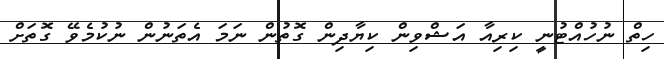
ހިތް ނުހުއްޓުނީ ކިރިއާ އަޝްވިން ކިޔާދިން ގޮތުން ނަމަ އެތަނުން ނުކުމެވޭ ގޮތަށް